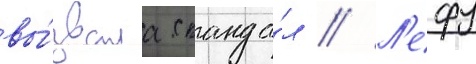
вы́звала сканда́л // Л'ефу